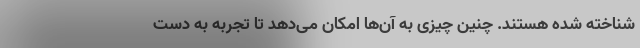
شناخته شده هستند. چنین چیزی به آن‌ها امکان می‌دهد تا تجربه به دست